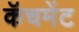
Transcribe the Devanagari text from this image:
कॅचमेंट